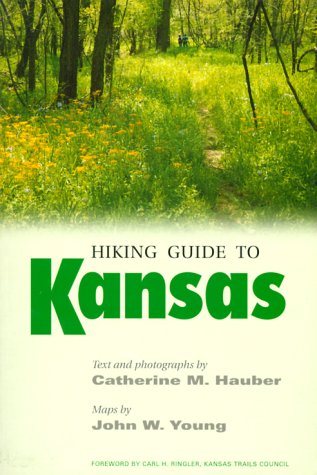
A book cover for Hiking Guide to Kansas; Travel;